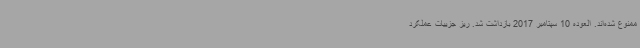
ممنوع شده‌اند. العوده 10 سپتامبر 2017 بازداشت شد. ریز جزییات عملکرد